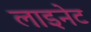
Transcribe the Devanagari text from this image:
लाइनेट